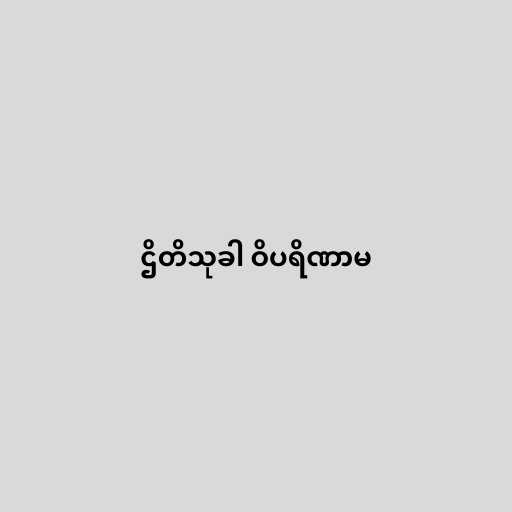
ဌိတိသုခါ ဝိပရိဏာမ